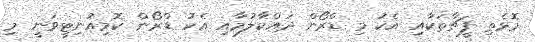
މޮޅެތި ފީޗާތަކާއި އެކު މި ޑްރޯން ދައްކާލުމާއި އެކު ޑްރޯން ކޮމިއުނިޓީވަނީ މި